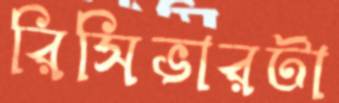
রিসিভারটা